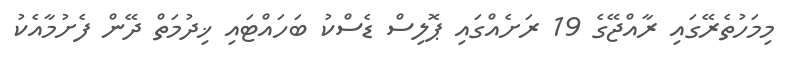
މިމަހުތެރޭގައި ރާއްޖޭގެ 19 ރަށެއްގައި ޕޮލިސް ޑެސްކު ބަހައްޓައި ޚިދުމަތް ދޭން ފެށުމާއެކު